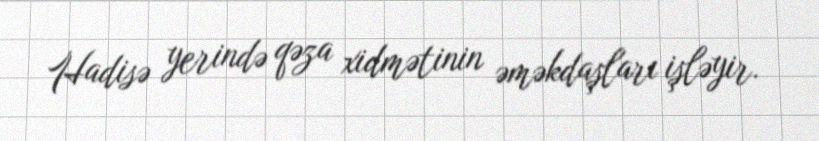
Hadisə yerində qəza xidmətinin əməkdaşları işləyir.